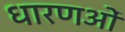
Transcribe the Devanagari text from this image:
धारणओं